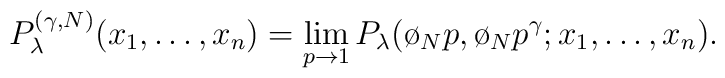
P_{\lambda}^{(\gamma,N)}(x_1,\dots,x_n) = \lim_{p \rightarrow 1} P_{\lambda}(\o_N p, \o_N p^{\gamma} ; x_1,\dots,x_n ).